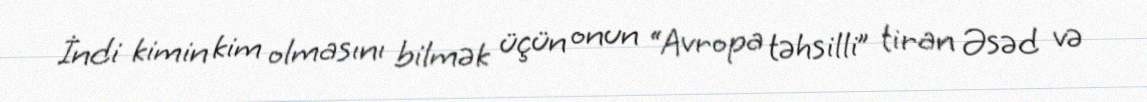
İndi kimin kim olmasını bilmək üçün onun “Avropa təhsilli” tiran Əsəd və